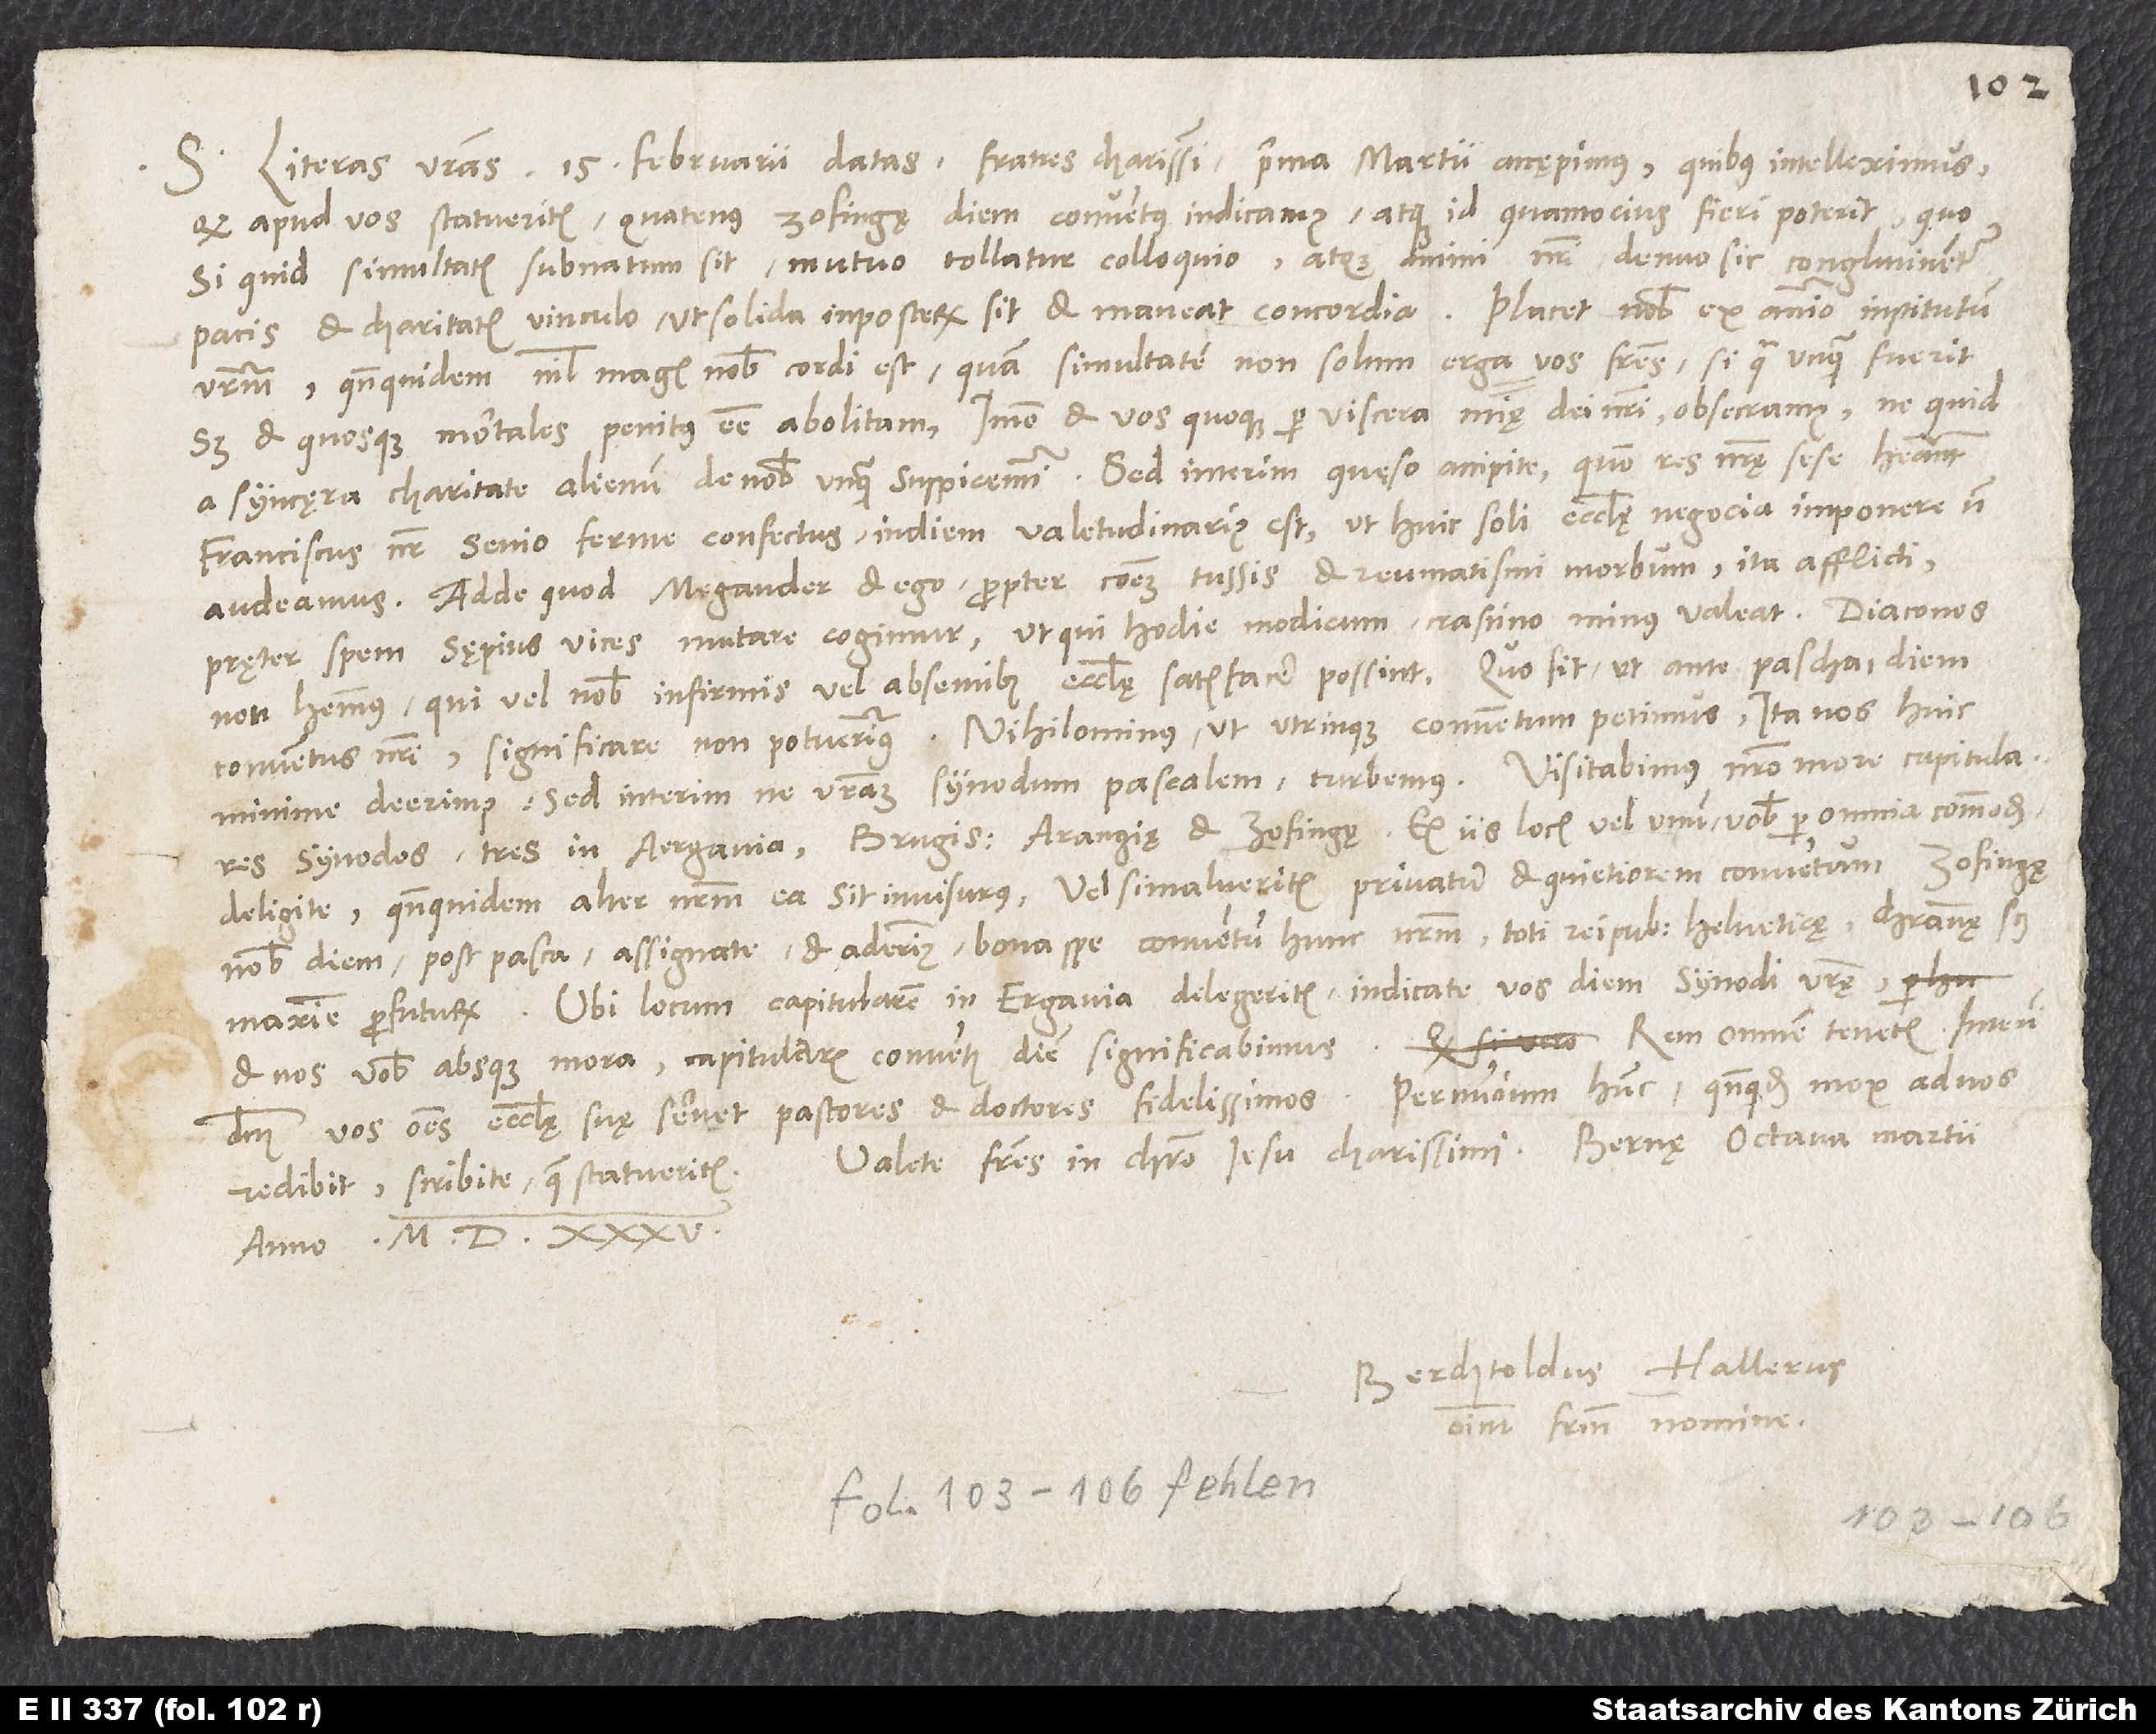
S. Literas vestras 15. februarii datas, fratres charissimi, prima martii accaepimus, quibus intelleximus,
quod apud vos statueritis, quatenus Zofingę diem conventus indicamus atque id quantocius fieri poterit, quo
si quid simultatis subnatum sit, mutuo tollatur colloquio, atque animi nostri denuo sic conglutinentur
pacis et charitatis vinculo, ut solida in posterum sit et maneat concordia. Placet nobis ex animo institutum
vestrum, quandoquidem nihil magis nobis cordi est, quam simultatem non solum erga vos, fratres, si qua unquam fuerit,
sed et quosque mortales penitus esse abolitam, immo et vos quoque per viscera misericordię dei nostri obsecramus, ne quid
a syncęra charitate alienum de nobis unquam suspicemini. Sed interim quęso accipite, quomodo res nostrę sese habeant.
Franciscus noster senio ferme confectus in diem valetudinarius est, ut huic soli ecclesię negocia imponere non
audeamus. Adde quod Megander et ego propter communem tussis et reumatismi morbum ita afflicti
pręter spem sępius vices mutare cogimur, ut qui hodie modicum, crastino minus valeat. Diaconos
non habemus, qui vel nobis infirmis vel absentibus ecclesię satisfacere possint. Quo fit, ut ante pascha diem
conventus nostri significare non potuerimus. Nihilominus, ut utrinque conventum petimus, ita nos huic
minime deerimus, sed interim ne vestram synodum pascalem turbemus. Visitabimus nostro more capitulares
synodos, tres in Aergavia: Brugis, Araugis et Zofingae. Ex iis locis vel unum vobis per omnia commodum
deligite, quandoquidem alter nostrum ea sit invisurus, vel si malueritis privatum et quietiorem conventum Zofingę,
nobis diem post pasca assignate, et aderimus bona spe conventum hunc nostrum toti reipublicę Helveticę, christianae
maxime profuturum. Ubi locum capitularem in Ergavia delegeritis, indicate vos diem synodi vestrę,
et nos vobis absque mora capitularis conventus diem significabimus. Rem omnem tenetis. Interim
dominus vos omnes ecclesiae suae servet pastores et doctores fidelissimos. Per nuncium hunc, quandoquidem mox ad nos
redibit, scribite, quae statueritis.
anno 1535.
Berchtoldus Hallerus
omnium fratrum nomine.